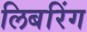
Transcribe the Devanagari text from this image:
लिबरिंग